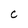
Character: C